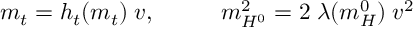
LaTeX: m _ { t } = h _ { t } ( m _ { t } ) \; v , \; \; \; \; \; \; \; \; \; \; m _ { H ^ { 0 } } ^ { 2 } = 2 \; \lambda ( m _ { H } ^ { 0 } ) \; v ^ { 2 }